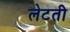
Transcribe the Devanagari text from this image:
लेटती